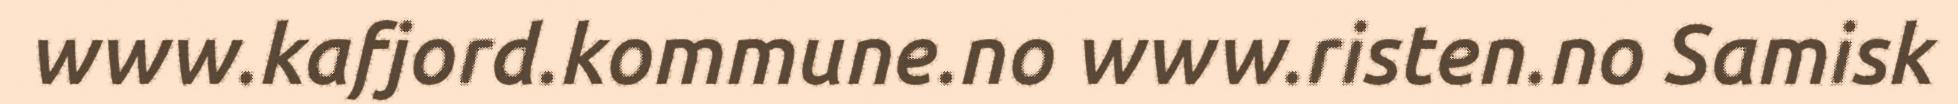
www.kafjord.kommune.no www.risten.no Samisk